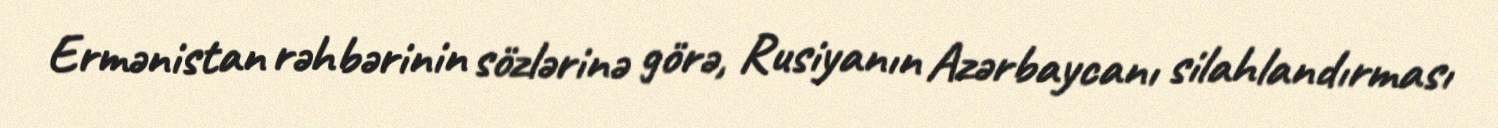
Ermənistan rəhbərinin sözlərinə görə, Rusiyanın Azərbaycanı silahlandırması